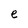
Character: e